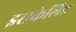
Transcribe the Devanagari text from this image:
इसकेलिए